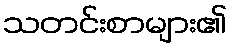
သတင်းစာများ၏